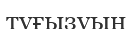
туғызуын